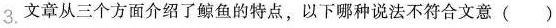
3.文章从三个方面介绍了鲸鱼的特点，以下哪种说法不符合文意( )